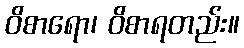
ဝိစာရော၊ ဝိစာရတည်း။